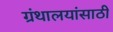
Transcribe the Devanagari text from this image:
ग्रंथालयांसाठी